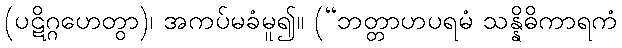
(ပဋိဂ္ဂဟေတွာ)၊ အကပ်မခံမူ၍။ (“ဘတ္တာဟပရမံ သန္နိဓိကာရကံ